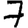
Digit: 7